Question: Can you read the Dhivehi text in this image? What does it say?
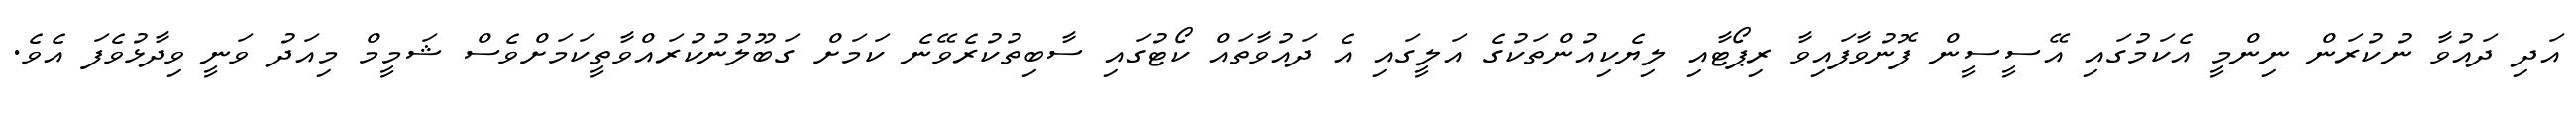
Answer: އަދި ދައުވާ ނުކުރަން ނިންމީ އެކަމުގައި އޭސީސީން ފޮނުވާފައިވާ ރިޕޯޓާއި ލިޔެކިއުންތަކުގެ އަލީގައި އެ ދައުވާތައް ކޯޓުގައި ސާބިތުކުރެވޭނެ ކަމަށް ގަބޫލުނުކުރައްވާތީކަމަށްވެސް ޝަމީމް މިއަދު ވަނީ ވިދާޅުވެފަ އެވެ.